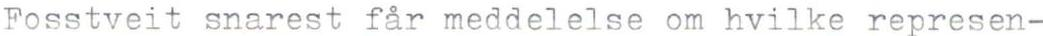
Fosstveit snarest får meddelelse om hvilke represen-